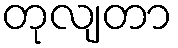
တုလျတာ